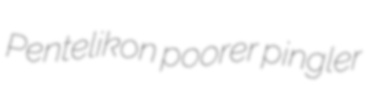
Pentelikon poorer pingler